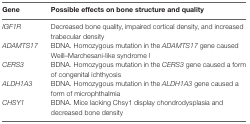
<table><thead><tr><td><b>Gene</b></td><td><b>Possible effects on bone structure and quality</b></td></tr></thead><tbody><tr><td><i>IGF1R</i></td><td>Decreased bone quality, impaired cortical density, and increased trabecular density</td></tr><tr><td><i>ADAMTS17</i></td><td>BDNA. Homozygous mutation in the <i>ADAMTS17</i> gene caused Weill–Marchesani-like syndrome l</td></tr><tr><td><i>CERS3</i></td><td>BDNA. Homozygous mutation in the <i>CERS3</i> gene caused a form of congenital ichthyosis</td></tr><tr><td><i>ALDH1A3</i></td><td>BDNA. Homozygous mutation in the <i>ALDH1A3</i> gene caused a form of microphthalmia</td></tr><tr><td><i>CHSY1</i></td><td>BDNA. Mice lacking Chsy1 display chondrodysplasia and decreased bone density</td></tr></tbody></table>